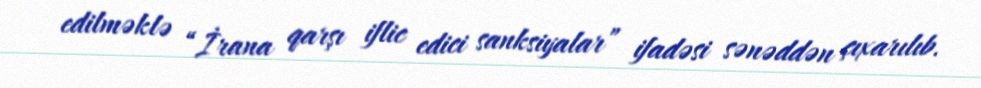
edilməklə “İrana qarşı iflic edici sanksiyalar” ifadəsi sənəddən çıxarılıb.